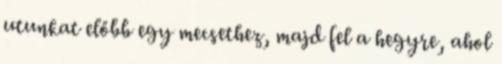
utunkat előbb egy mecsethez, majd fel a hegyre, ahol